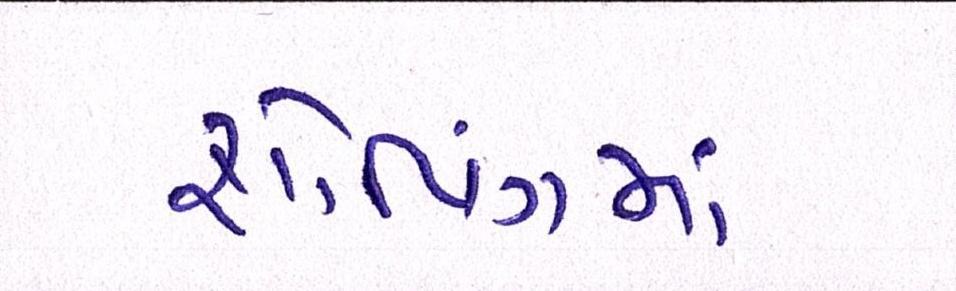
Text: શોપિંગમાં